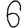
Digit: 6